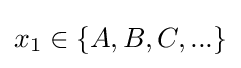
x_{1}\in \{A,B,C,...\}